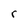
Character: r